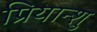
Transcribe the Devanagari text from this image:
प्रियान्शु